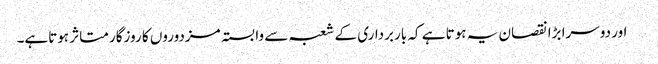
 اور دوسرا بڑا نقصان یہ ہوتا ہے کہ باربرداری کے شعبہ سے وابستہ مزدوروں کا روزگار متاثر ہوتاہے۔